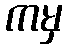
ကမှ